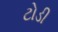
ટોડી